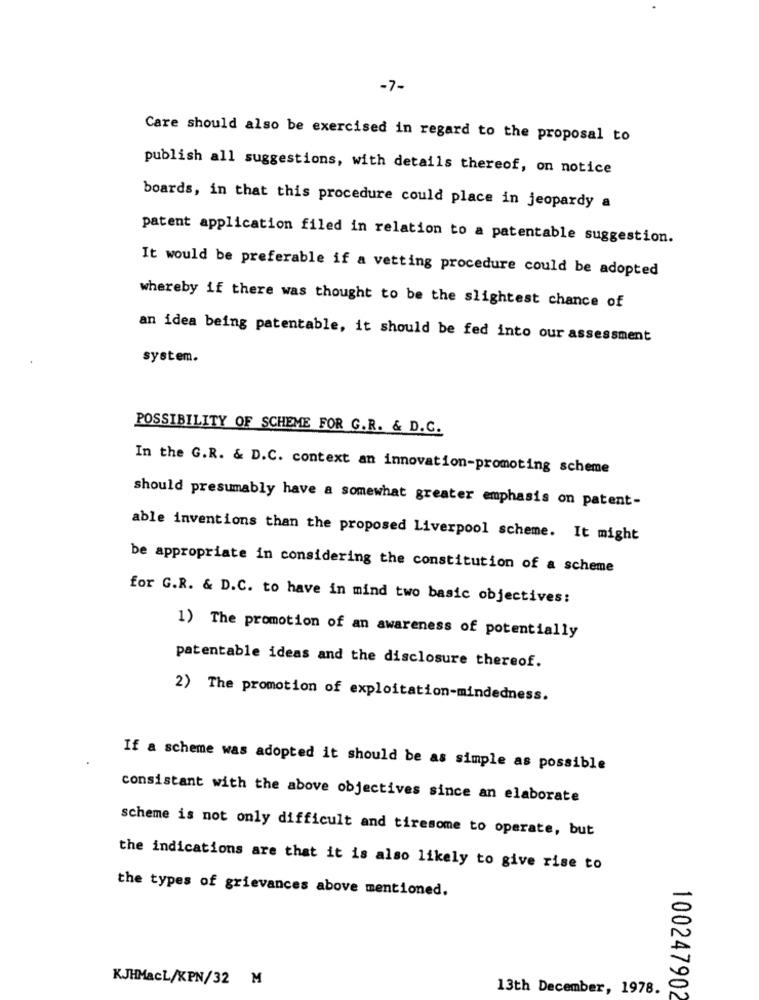
-7-
Care should also be exercised in regard to the proposal to
publish all suggestions, with details thereof, on notice
boards, in that this procedure could place in jeopardy a
patent application filed in relation to a patentable suggestion.
It would be preferable if a vetting procedure could be adopted
whereby if there was thought to be the slightest chance of
an idea being patentable, it should be fed into our assessment
system.
POSSIBILITY OF SCHEME FOR G.R. & D.C.
In the G.R. & D.C. context an innovation-promoting scheme
should presumably have a somewhat greater emphasis on patent-
able inventions than the proposed Liverpool scheme. It might
be appropriate in considering the constitution of a scheme
for G.R. & D.C. to have in mind two basic objectives:
1) The promotion of an awareness of potentially
patentable ideas and the disclosure thereof.
2) The promotion of exploitation-mindedness.
If a scheme was adopted it should be as simple as possible
consistant with the above objectives since an elaborate
scheme is not only difficult and tiresome to operate, but
the indications are that it is also likely to give rise to
the types of grievances above mentioned.
KJHMacL/XPN/32 M
13th December, 1978.
100247902